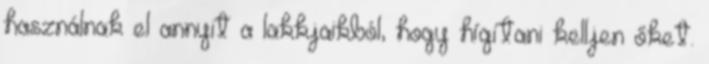
használnak el annyit a lakkjaikból, hogy hígítani kelljen őket.